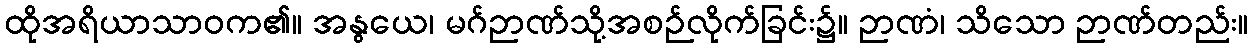
ထိုအရိယာသာဝက၏။ အနွယေ၊ မဂ်ဉာဏ်သို့အစဉ်လိုက်ခြင်း၌။ ဉာဏံ၊ သိသော ဉာဏ်တည်း။